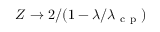
Z \to 2 / ( 1 - \lambda / \lambda _ { \mathrm { ~ c ~ p ~ } } )